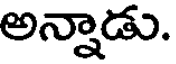
అన్నాడు.